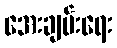
အေးချမ်းရေး